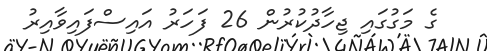
ގެ މަގުގައި ޖިހާދުކުރުން 26 ފަހަރު އައިސްފައިވާއިރު